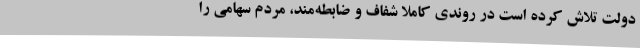
دولت تلاش کرده است در روندی کاملاً شفاف و ضابطه‌مند، مردم سهامی را